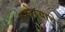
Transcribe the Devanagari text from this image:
वाघेऱ्याचे